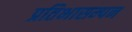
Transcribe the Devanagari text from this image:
प्रतिभासम्पन